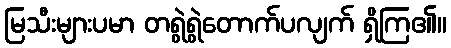
မြသီးများပမာ တရွဲရွဲတောက်ပလျက် ရှိကြ၏။